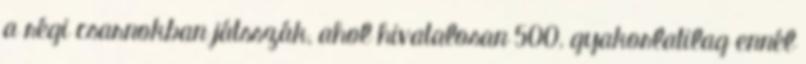
a régi csarnokban játsszák, ahol hivatalosan 500, gyakorlatilag ennél